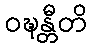
ဝဍ္ဎန္တီတိ